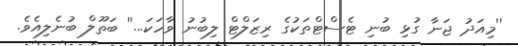
''މިއަދު ޖަނާ ގުޅި ބުނި ޓެސްޓްތަކުގެ ރިޒަލްޓް ލިބުނު ވާހަކަ...'' ބަތޫލް ބުނެލިއެވެ.